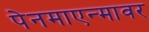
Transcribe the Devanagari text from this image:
पेनमाएन्मावर